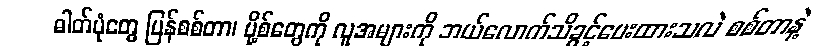
ဓါတ်ပုံတွေ ပြန်စစ်တာ၊ ပို့စ်တွေကို လူအများကို ဘယ်လောက်သိခွင့်ပေးထားသလဲ စစ်တာနဲ့